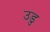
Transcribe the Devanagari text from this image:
उडु